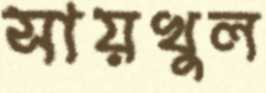
সায়খুল